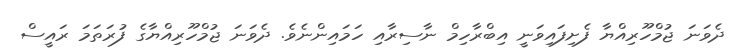
ދެވަނަ ޖުމްހޫރިއްޔާ ފެށިފައިވަނީ އިބްރާހިމް ނާސިރާއި ހަމައިންނެވެ. ދެވަނަ ޖުމްހޫރިއްޔާގެ ފުރަތަމަ ރައީސް